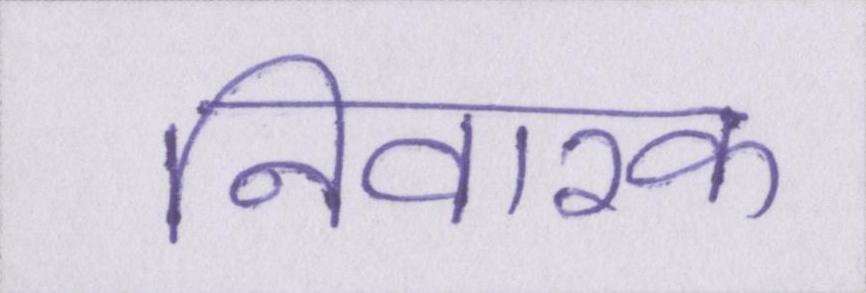
निवारक